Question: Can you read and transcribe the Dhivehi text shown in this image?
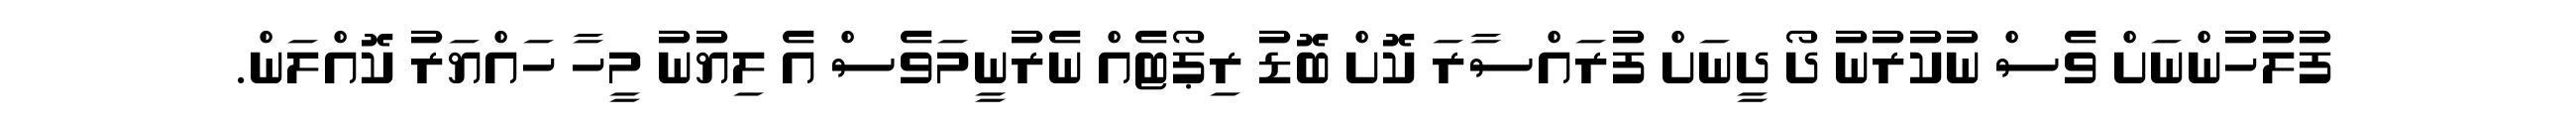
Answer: ފުލުހުންނަށް ވެސް ނުކުރުނު ދޯ ދީނަށް ފުރައްސާރަ ކޮށް ބޮޑު ރިޕޯޓެއް ނެރުނީމަވެސް އެ ލިޔުނު މީހާ ހައްޔަރު ކޮއްލަން.